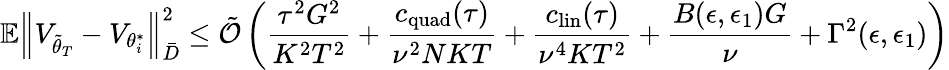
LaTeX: \mathbb{E}\Big\lVert V_{\tilde{\theta}_{T}}-V_{\theta_{i}^{*}}\Big\rVert_{\bar{D}}^{2}\le\tilde{\mathcal{O}}\left(\frac{\tau^{2}G^{2}}{K^{2}T^{2}}+\frac{c_{\mathrm{quad}}(\tau)}{\nu^{2}NKT}+\frac{c_{\mathrm{lin}}(\tau)}{\nu^{4}KT^{2}}+\frac{B(\epsilon,\epsilon_{1})G}{\nu}+\Gamma^{2}(\epsilon,\epsilon_{1})\right)